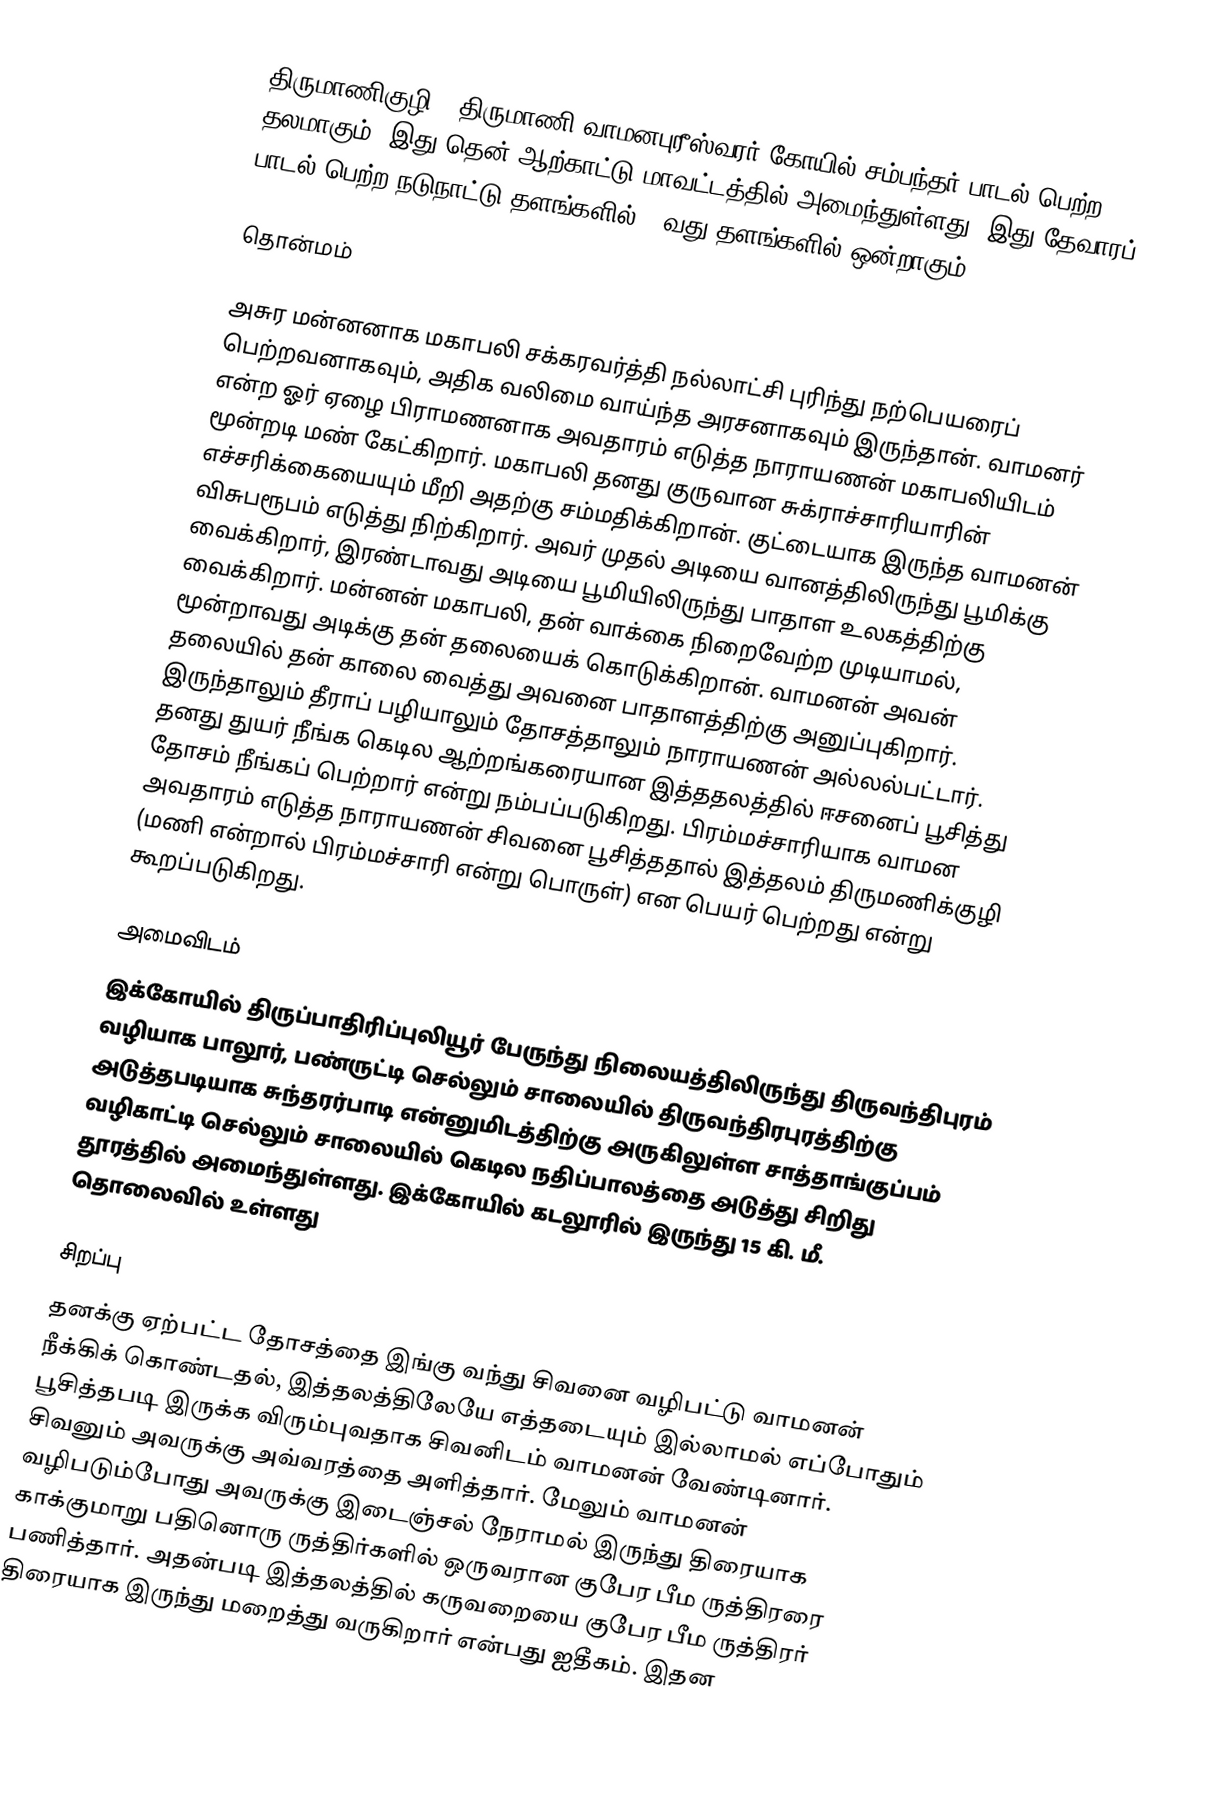
திருமாணிகுழி - திருமாணி வாமனபுரீஸ்வரர் கோயில் சம்பந்தர் பாடல் பெற்ற தலமாகும். இது தென் ஆற்காட்டு மாவட்டத்தில் அமைந்துள்ளது. இது தேவாரப் பாடல் பெற்ற நடுநாட்டு தளங்களில் 17வது தளங்களில்  ஒன்றாகும்.

தொன்மம்

அசுர மன்னனாக மகாபலி சக்கரவர்த்தி நல்லாட்சி புரிந்து நற்பெயரைப் பெற்றவனாகவும், அதிக வலிமை வாய்ந்த அரசனாகவும் இருந்தான். வாமனர் என்ற ஓர் ஏழை பிராமணனாக அவதாரம் எடுத்த நாராயணன் மகாபலியிடம் மூன்றடி மண் கேட்கிறார். மகாபலி தனது குருவான சுக்ராச்சாரியாரின் எச்சரிக்கையையும் மீறி அதற்கு சம்மதிக்கிறான். குட்டையாக இருந்த வாமனன் விசுபரூபம் எடுத்து நிற்கிறார். அவர் முதல் அடியை வானத்திலிருந்து பூமிக்கு வைக்கிறார், இரண்டாவது அடியை பூமியிலிருந்து பாதாள உலகத்திற்கு வைக்கிறார். மன்னன் மகாபலி, தன் வாக்கை நிறைவேற்ற முடியாமல், மூன்றாவது அடிக்கு தன் தலையைக் கொடுக்கிறான். வாமனன் அவன் தலையில் தன் காலை வைத்து அவனை பாதாளத்திற்கு அனுப்புகிறார். இருந்தாலும் தீராப் பழியாலும் தோசத்தாலும் நாராயணன் அல்லல்பட்டார். தனது துயர் நீங்க கெடில ஆற்றங்கரையான இத்ததலத்தில் ஈசனைப் பூசித்து தோசம் நீங்கப் பெற்றார் என்று நம்பப்படுகிறது. பிரம்மச்சாரியாக வாமன அவதாரம் எடுத்த நாராயணன் சிவனை பூசித்ததால் இத்தலம் திருமணிக்குழி (மணி என்றால் பிரம்மச்சாரி என்று பொருள்) என பெயர் பெற்றது என்று கூறப்படுகிறது.

அமைவிடம்
இக்கோயில் திருப்பாதிரிப்புலியூர் பேருந்து நிலையத்திலிருந்து திருவந்திபுரம் வழியாக பாலூர், பண்ருட்டி செல்லும் சாலையில் திருவந்திரபுரத்திற்கு அடுத்தபடியாக சுந்தரர்பாடி என்னுமிடத்திற்கு அருகிலுள்ள சாத்தாங்குப்பம் வழிகாட்டி செல்லும் சாலையில் கெடில நதிப்பாலத்தை அடுத்து சிறிது தூரத்தில் அமைந்துள்ளது.   இக்கோயில் கடலூரில் இருந்து 15 கி. மீ. தொலைவில் உள்ளது

சிறப்பு
தனக்கு ஏற்பட்ட தோசத்தை இங்கு வந்து சிவனை வழிபட்டு வாமனன் நீக்கிக் கொண்டதல், இத்தலத்திலேயே எத்தடையும் இல்லாமல் எப்போதும் பூசித்தபடி இருக்க விரும்புவதாக சிவனிடம் வாமனன் வேண்டினார். சிவனும் அவருக்கு அவ்வரத்தை அளித்தார். மேலும் வாமனன் வழிபடும்போது  அவருக்கு இடைஞ்சல் நேராமல் இருந்து திரையாக காக்குமாறு பதினொரு ருத்திர்களில் ஒருவரான குபேர பீம ருத்திரரை பணித்தார். அதன்படி இத்தலத்தில் கருவறையை குபேர பீம ருத்திரர் திரையாக இருந்து மறைத்து வருகிறார் என்பது ஐதீகம். இதன